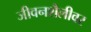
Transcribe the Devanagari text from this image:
जीवनशैलीवर